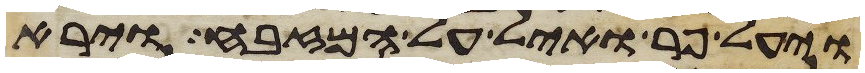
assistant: ויעל פר ואיל על המזבח וירא